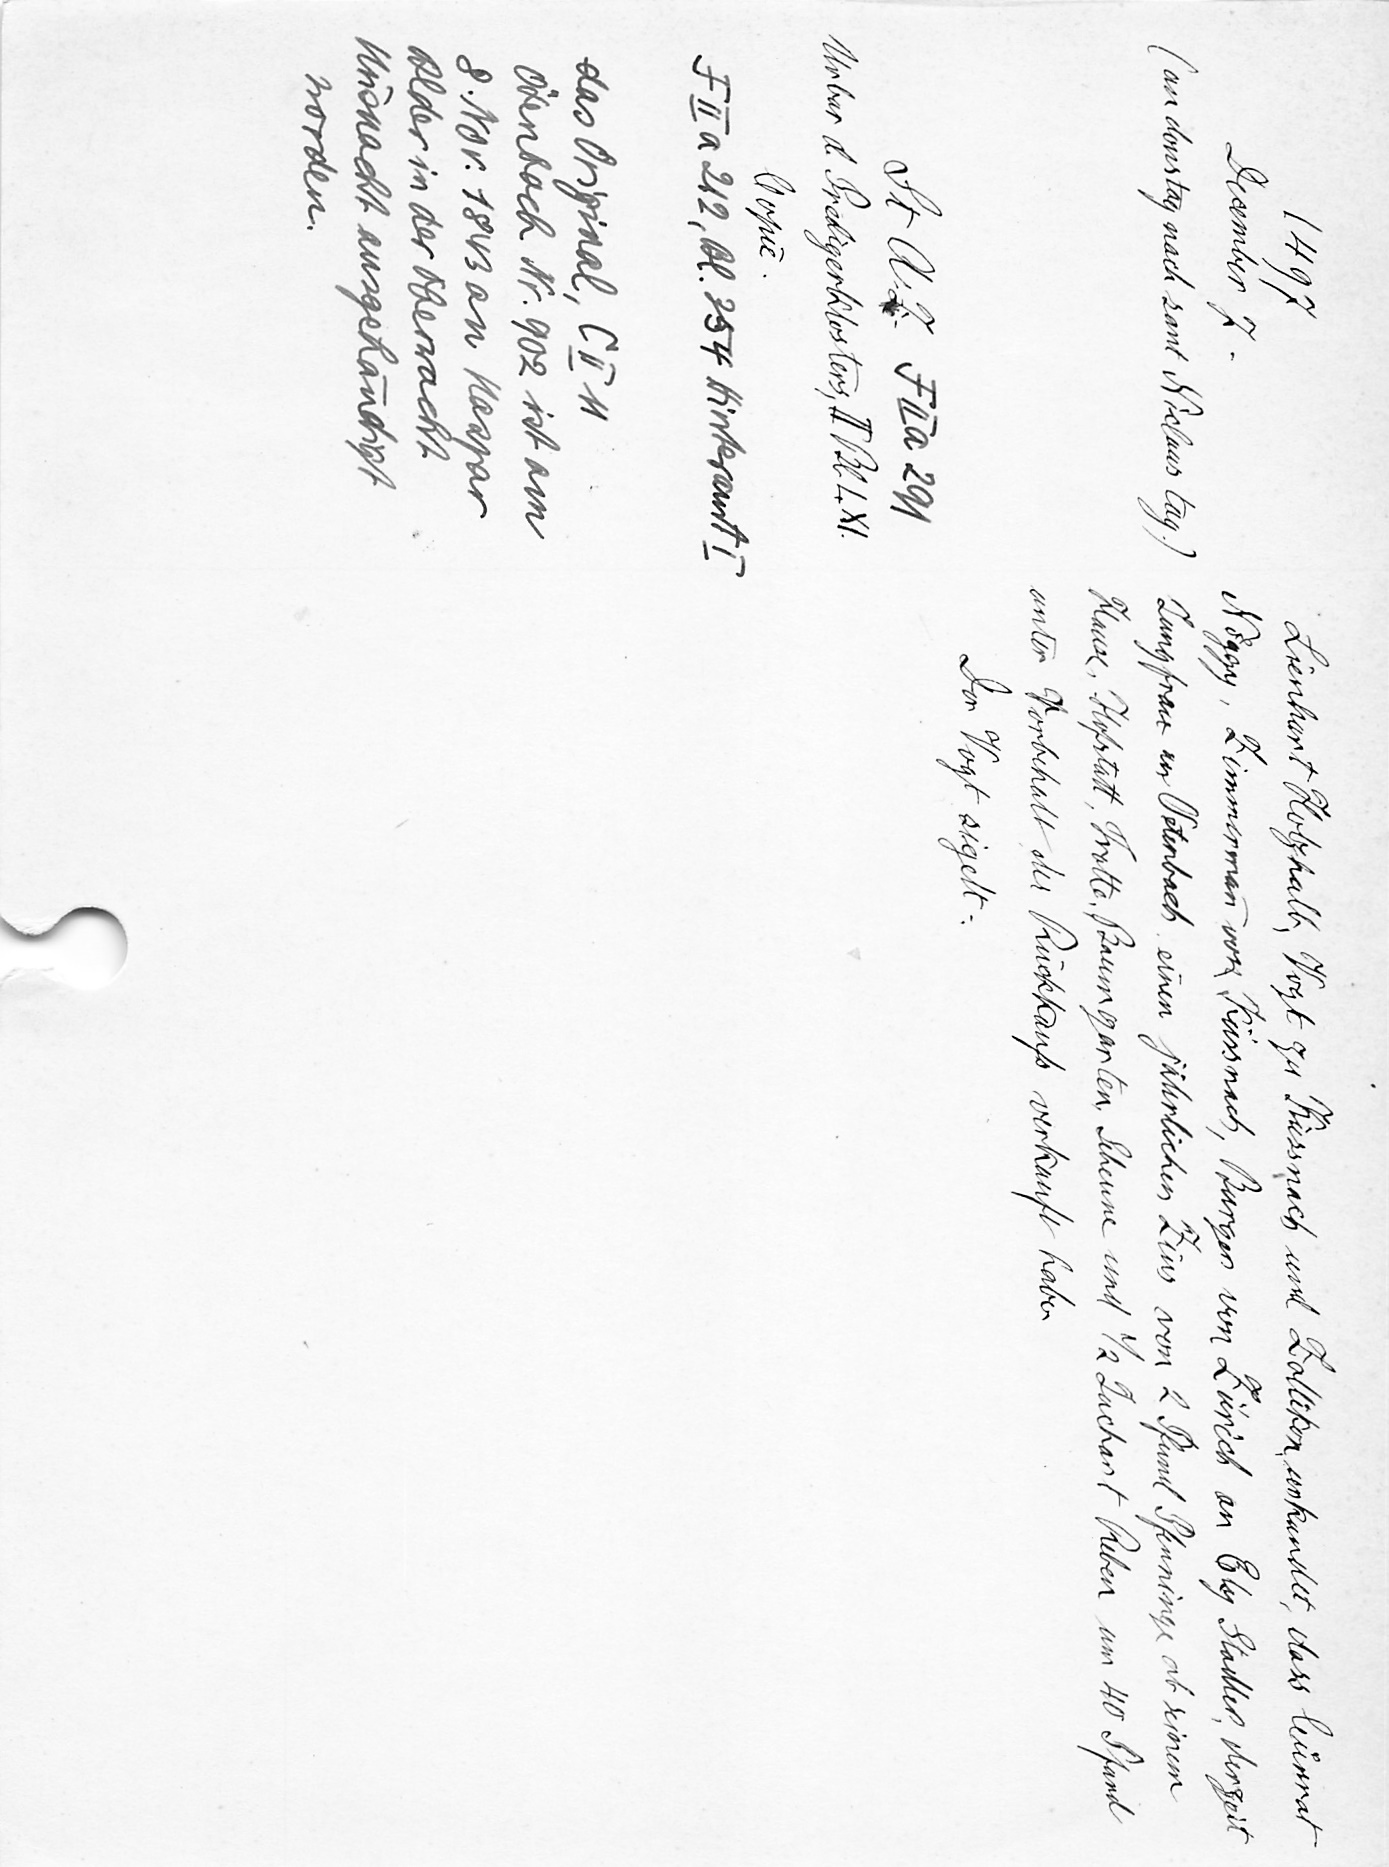
Lienhart Holzhalb, Vogt zu Küssnach und Zollikon, unkundet, dass leunrat
Nöggy, Zimmerman von Küssnach, Burger von Zürich an El Stadter, derzeit
Jungfrau an Peterbach einen jährlichen Zins von 2 Pfund Pfenninge ab seinem
Hause, Hofstatt, Trotte, Baumgarten Schenne und 12 Juchart Reben um 40 Pfund
unter Vorbehalt der Rückkaufs verkauft habe
Der Vogt sigelt.

1497
Desember Z-
(an donstag nach sant Niclaus tug.)
St. A. Z. F II a 291
Urbar d. Predigerklosters, II. Bl. L. XI.
Copie.
F II a 212, Bl. 254 Hinterant!
das Original, C II 11
Oenboch Nr. 902 ist am
8. Nov. 1843 an Haspar
Alder in der Oberwacht
Unonacht ausgehändigt
worden.